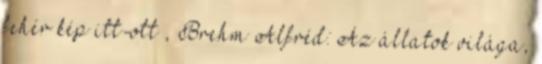
fehér kép itt-ott , Brehm Alfréd: Az állatok világa,